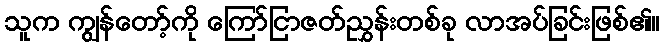
သူက ကျွန်တော့်ကို ကြော်ငြာဇတ်ညွှန်းတစ်ခု လာအပ်ခြင်းဖြစ်၏။